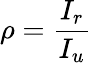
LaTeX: \rho={\frac{I_{r}}{I_{u}}}